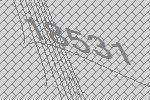
18531